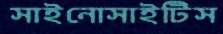
সাইনোসাইটিস